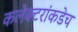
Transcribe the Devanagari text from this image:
कलेक्टरांकडेच